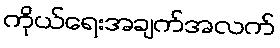
ကိုယ်ရေးအချက်အလက်